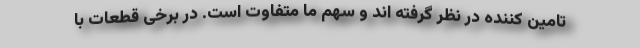
تامین کننده در نظر گرفته اند و سهم ما متفاوت است. در برخی قطعات با